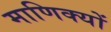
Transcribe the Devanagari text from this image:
माणिक्यों